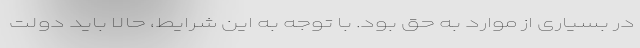
در بسیاری از موارد به حق بود. با توجه به این شرایط، حالا باید دولت